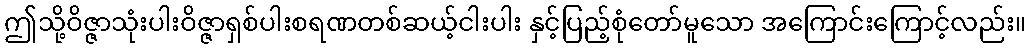
ဤသို့ဝိဇ္ဇာသုံးပါးဝိဇ္ဇာရှစ်ပါးစရဏတစ်ဆယ့်ငါးပါး နှင့်ပြည့်စုံတော်မူသော အကြောင်းကြောင့်လည်း။